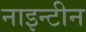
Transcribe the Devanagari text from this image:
नाइन्टीन